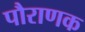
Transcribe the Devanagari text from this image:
पौराणक